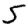
Digit: 5